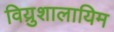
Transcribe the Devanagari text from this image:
विय्रुशालायिम